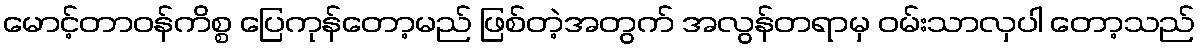
မောင့်တာဝန်ကိစ္စ ပြေကုန်တော့မည် ဖြစ်တဲ့အတွက် အလွန်တရာမှ ဝမ်းသာလှပါ တော့သည်